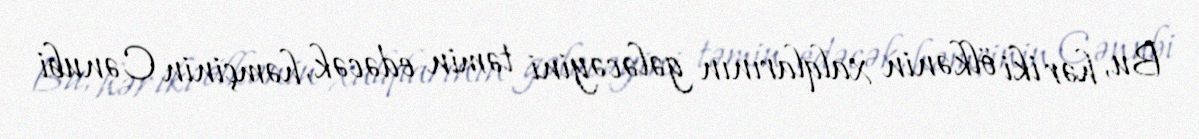
Bu, hər iki ölkənin xalqlarının gələcəyini təmin edəcək, həmçinin Cənubi